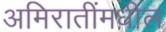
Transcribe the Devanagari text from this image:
अमिरातींमधील